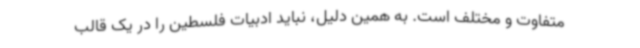
متفاوت و مختلف است. به همین دلیل، نباید ادبیات فلسطین را در یک قالب